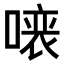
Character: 𠼁